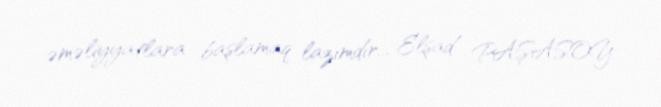
əməliyyatlara başlamaq lazımdır... Elşad PAŞASOY.